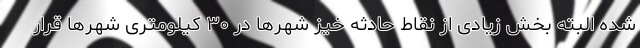
شده البته بخش زیادی از نقاط حادثه خیز شهرها در ۳۰ کیلومتری شهرها قرار